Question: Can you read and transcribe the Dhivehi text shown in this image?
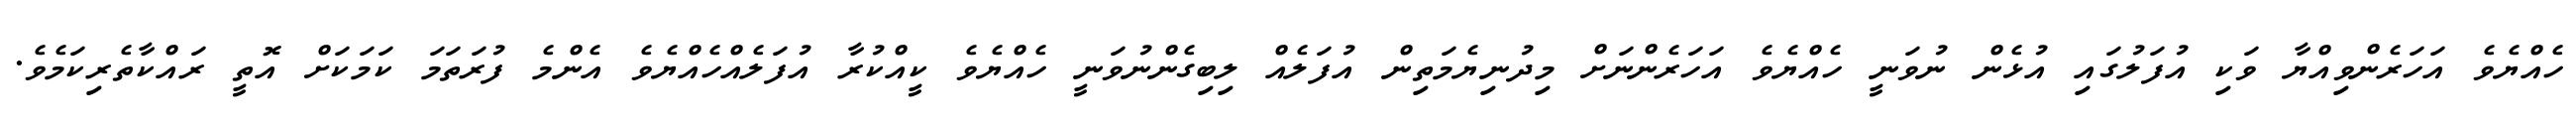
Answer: ހެއްޔެވެ އަހަރެންވިއްޔާ ވަކި އުފަލުގައި އުޅެން ނުވަނީ ހެއްޔެވެ އަހަރެންނަށް މިދުނިޔެމަތިން އުފަލެއް ލިބިގެންނުވަނީ ހެއްޔެވެ ކީއްކުރާ އުފަލެއްހެއްޔެވެ އެންމެ ފުރަތަމަ ކަމަކަށް އޮތީ ރައްކާތެރިކަމެވެ.